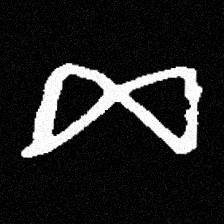
Pyu character \u2014 Myanmar letter: ဆ (romanized: cha)